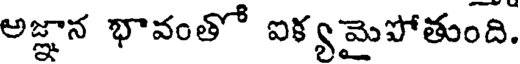
అజ్ఞాన భావంతో ఐక్యమైపోతుంది.